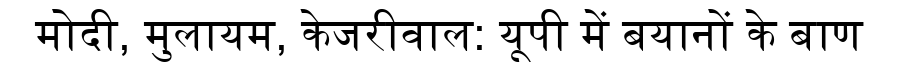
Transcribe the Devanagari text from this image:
मोदी, मुलायम, केजरीवाल: यूपी में बयानों के बाण